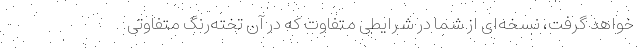
خواهد گرفت، نسخه‌ای از شما در شرایطی متفاوت که در آن تخته‌رنگ متفاوتی